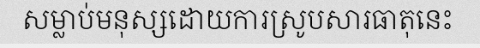
សម្លាប់មនុស្សដោយការស្រូបសារធាតុនេះ